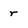
Character: r